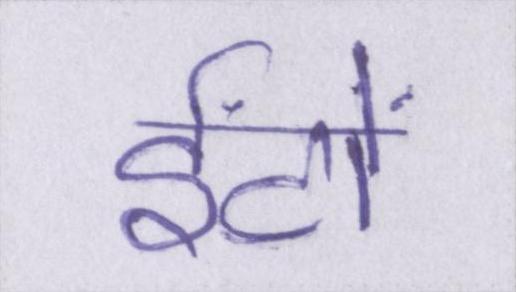
ईंटों